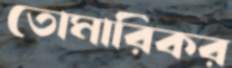
তোমারিকর